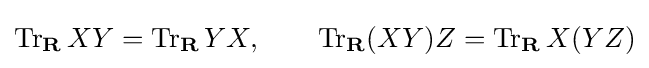
\operatorname {Tr} _{\mathbf {R} }XY=\operatorname {Tr} _{\mathbf {R} }YX,\qquad \operatorname {Tr} _{\mathbf {R} }(XY)Z=\operatorname {Tr} _{\mathbf {R} }X(YZ)